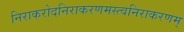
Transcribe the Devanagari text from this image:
निराकरोदनिराकरणमस्त्वनिराकरणम्